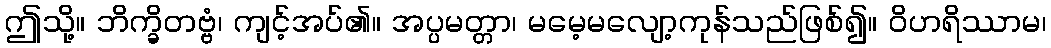
ဤသို့။ ဘိက္ခိတဗ္ဗံ၊ ကျင့်အပ်၏။ အပ္ပမတ္တာ၊ မမေ့မလျော့ကုန်သည်ဖြစ်၍။ ဝိဟရိဿာမ၊